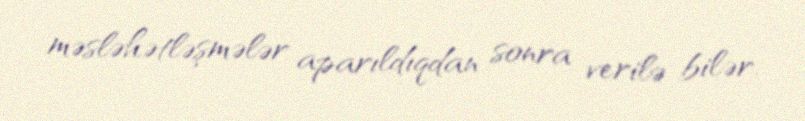
məsləhətləşmələr aparıldıqdan sonra verilə bilər.